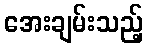
အေးချမ်းသည့်